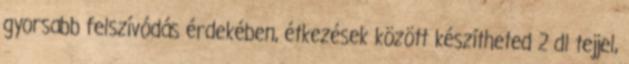
gyorsabb felszívódás érdekében, étkezések között készítheted 2 dl tejjel,